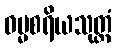
ဓမ္မစရိယသုတ္တံ